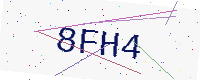
Text: 8FH4